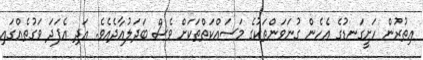
އިތުރުން ހަށީގަނޑުގެ އެހެން ގުނަވަންތަކުގެ މަސައްކަތްތަކަށް ވެސް ބަދަލުއާދެއެވެ. އަދި އެފަދަ ވަގުތެއްގައި